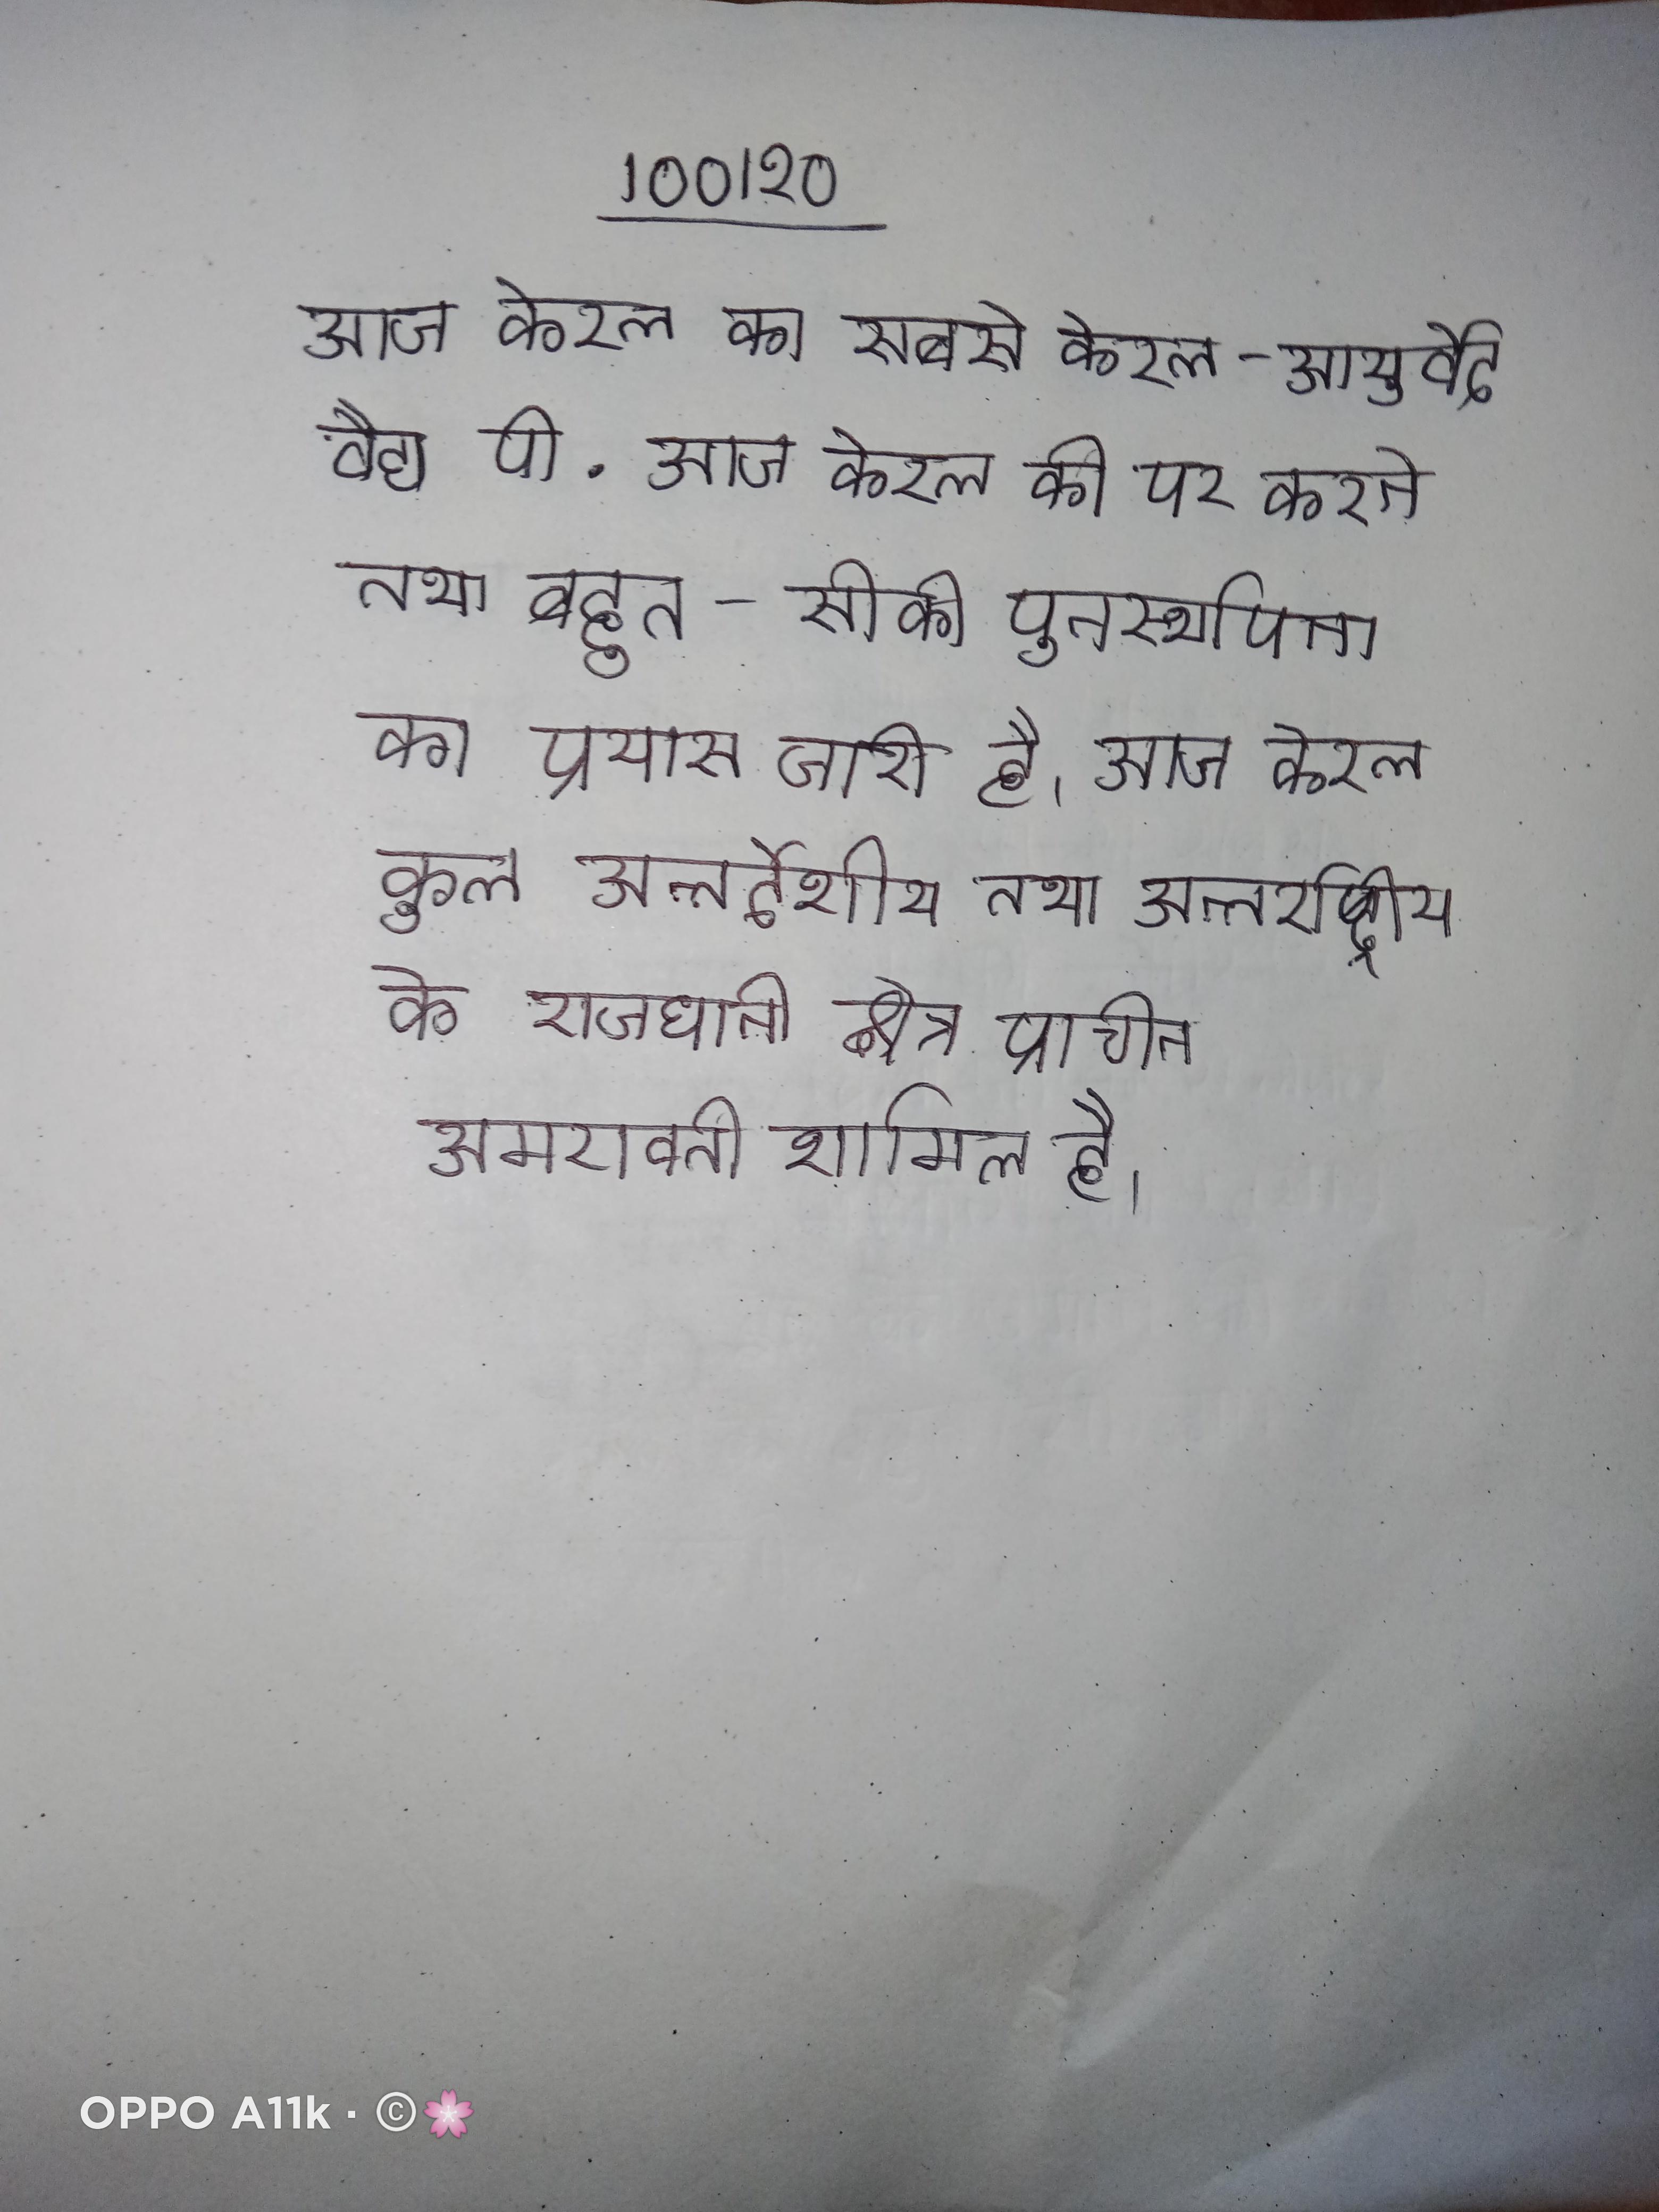
आज केरल का सबसे केरल-आयुर्वेद वैद्य पी . आज केरल की पर करने तथा बहुत-सी की पुनर्स्थापना का प्रयास जारी है । आज केरल कुल अन्तर्देशीय तथा अन्तर्राष्ट्रीय के आगमन प्रथम स्थान बनाये हुए है । आज के राजधानी क्षेत्र प्राचीन अमरावती शामिल है ।